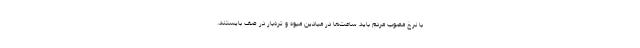
با نرخ مصوب مردم باید ساعت‌ها در میادین میوه و تره‌بار در صف بایستند.